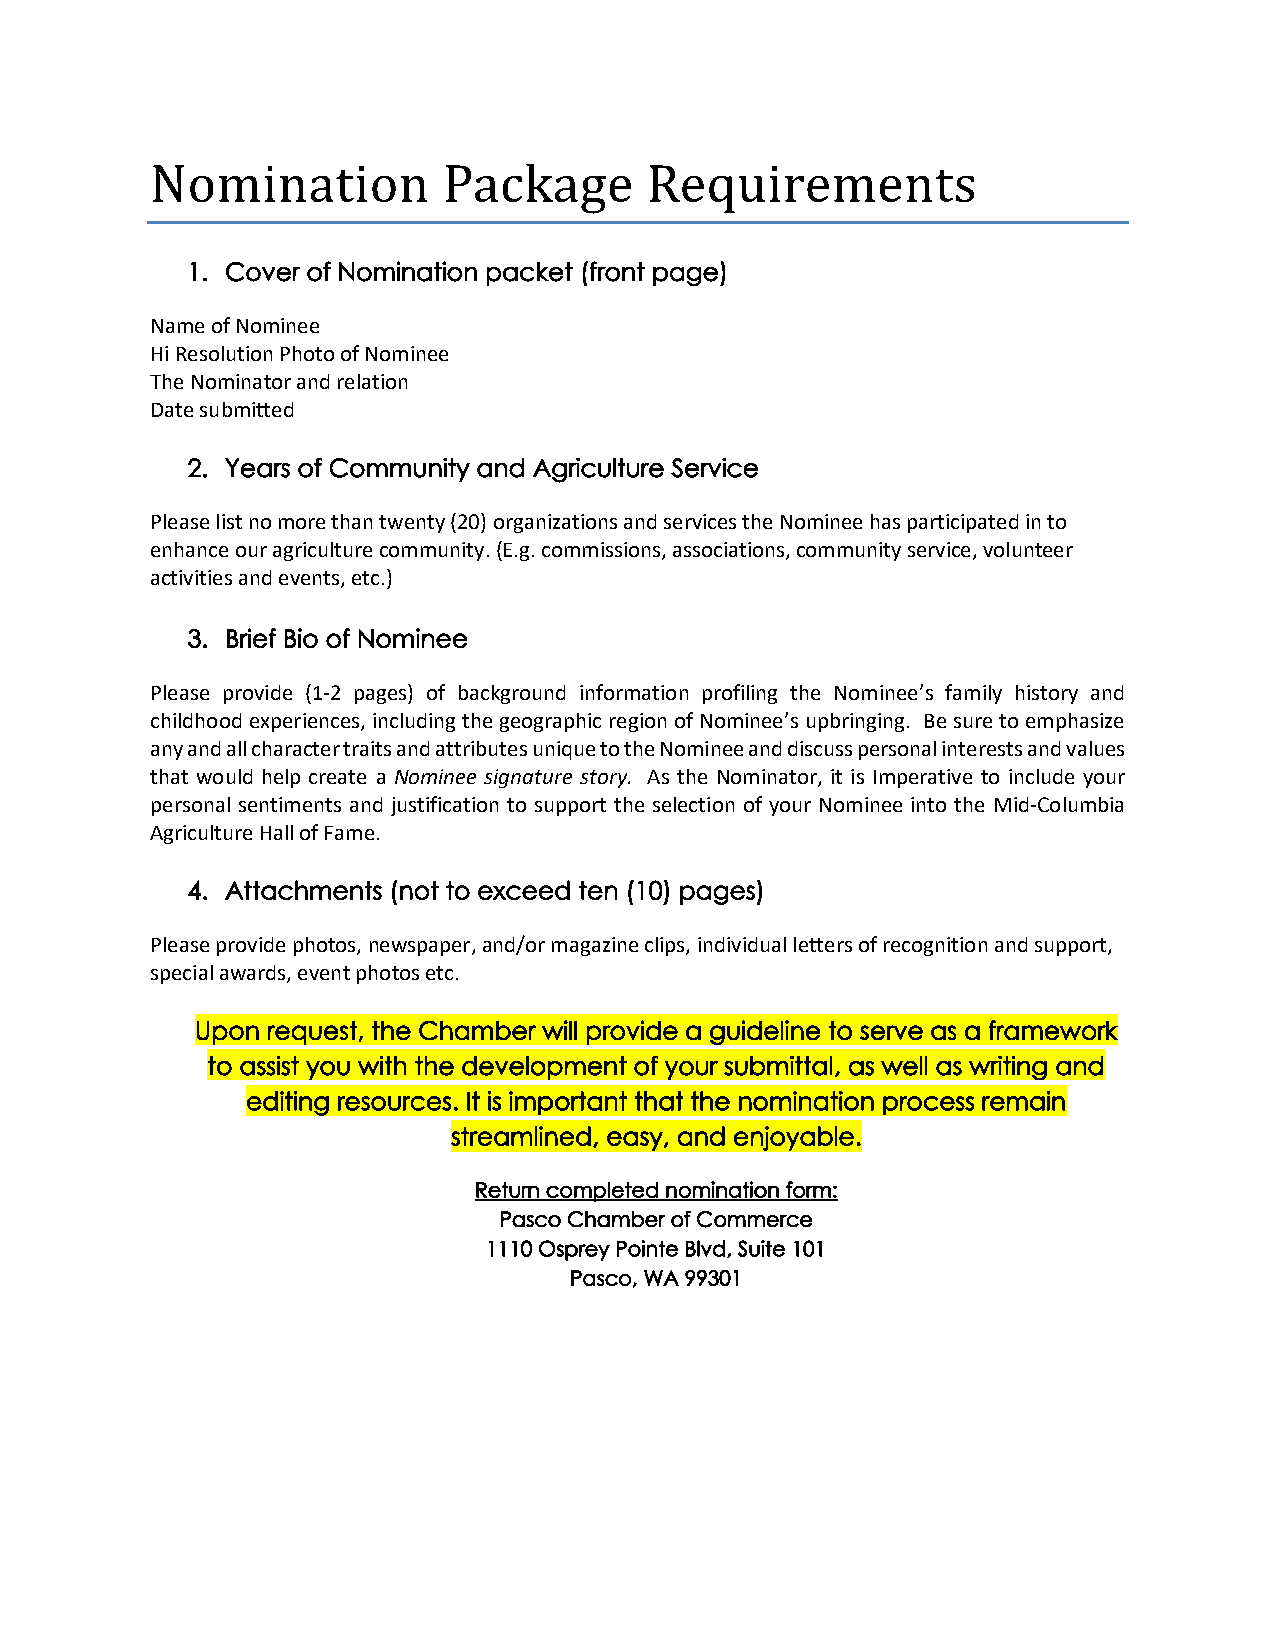
Nomination         Package       Requirements
 1. Cover of Nomination packet (front page)
 Name of Nominee
 Hi Resolution Photo of Nominee
 The Nominator and relation
 Date submitted
 2. Years of Community and Agriculture Service
 Please list no more than twenty (20) organizations and services the Nominee has participated in to
 enhance our agriculture community. (E.g. commissions, associations, community service, volunteer
 activities and events, etc.)
 3. Brief Bio of Nominee
 Please provide (1-2 pages) of background information profiling the Nominee’s family history and
 childhood experiences, including the geographic region of Nominee’s upbringing. Be sure to emphasize
 any and all character traits and attributes unique to the Nominee and discuss personal interests and values
 that would help create a Nominee signature story. As the Nominator, it is Imperative to include your
 personal sentiments and justification to support the selection of your Nominee into the Mid-Columbia
 Agriculture Hall of Fame.
 4. Attachments (not to exceed ten (10) pages)
 Please provide photos, newspaper, and/or magazine clips, individual letters of recognition and support,
 special awards, event photos etc.
 Upon request, the Chamber will provide a guideline to serve as a framework
 to assist you with the development of your submittal, as well as writing and
 editing resources. It is important that the nomination process remain
 streamlined, easy, and enjoyable.
 Return completed nomination form:
 Pasco Chamber of Commerce
 1110 Osprey Pointe Blvd, Suite 101
 Pasco, WA 99301